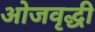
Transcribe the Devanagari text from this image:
ओजवृद्धी